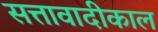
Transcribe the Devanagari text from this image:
सत्तावादीकाल